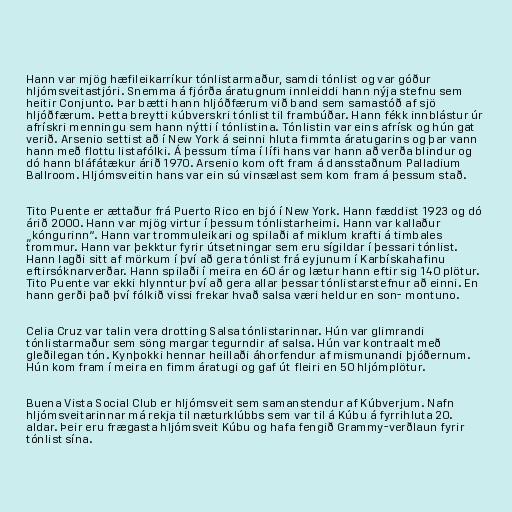
Hann var mjög hæfileikarríkur tónlistarmaður, samdi tónlist og var góður
hljómsveitastjóri. Snemma á fjórða áratugnum innleiddi hann nýja stefnu sem
heitir Conjunto. Þar bætti hann hljóðfærum við band sem samastóð af sjö
hljóðfærum. Þetta breytti kúbverskri tónlist til frambúðar. Hann fékk innblástur úr
afrískri menningu sem hann nýtti í tónlistina. Tónlistin var eins afrísk og hún gat
verið. Arsenio settist að í New York á seinni hluta fimmta áratugarins og þar vann
hann með flottu listafólki. Á þessum tíma í lífi hans var hann að verða blindur og
dó hann bláfátækur árið 1970. Arsenio kom oft fram á dansstaðnum Palladium
Ballroom. Hljómsveitin hans var ein sú vinsælast sem kom fram á þessum stað.

Tito Puente er ættaður frá Puerto Rico en bjó í New York. Hann fæddist 1923 og dó
árið 2000. Hann var mjög virtur í þessum tónlistarheimi. Hann var kallaður
„kóngurinn“. Hann var trommuleikari og spilaði af miklum krafti á timbales
trommur. Hann var þekktur fyrir útsetningar sem eru sígildar í þessari tónlist.
Hann lagði sitt af mörkum í því að gera tónlist frá eyjunum í Karbískahafinu
eftirsóknarverðar. Hann spilaði í meira en 60 ár og lætur hann eftir sig 140 plötur.
Tito Puente var ekki hlynntur því að gera allar þessar tónlistarstefnur að einni. En
hann gerði það því fólkið vissi frekar hvað salsa væri heldur en son- montuno.

Celia Cruz var talin vera drotting Salsa tónlistarinnar. Hún var glimrandi
tónlistarmaður sem söng margar tegurndir af salsa. Hún var kontraalt með
gleðilegan tón. Kynþokki hennar heillaði áhorfendur af mismunandi þjóðernum.
Hún kom fram í meira en fimm áratugi og gaf út fleiri en 50 hljómplötur.

Buena Vista Social Club er hljómsveit sem samanstendur af Kúbverjum. Nafn
hljómsveitarinnar má rekja til næturklúbbs sem var til á Kúbu á fyrrihluta 20.
aldar. Þeir eru frægasta hljómsveit Kúbu og hafa fengið Grammy-verðlaun fyrir
tónlist sína.